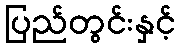
ပြည်တွင်းနှင့်